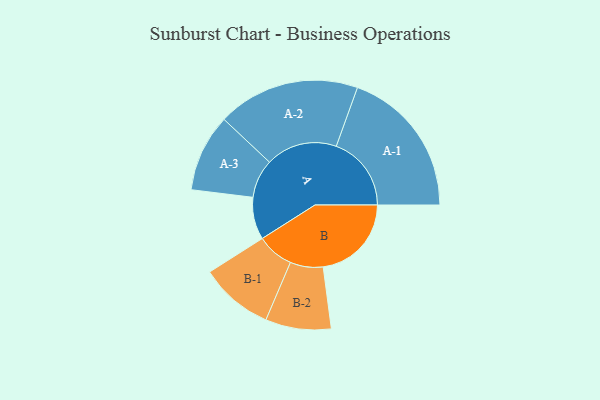
{"axis": {"x": "Segment", "y": "Value"}, "legend": ["", "A", "B"], "data": [{"x": "A", "y": 157, "type": ""}, {"x": "B", "y": 328, "type": ""}, {"x": "A-1", "y": 279, "type": "A"}, {"x": "A-2", "y": 265, "type": "A"}, {"x": "A-3", "y": 144, "type": "A"}, {"x": "B-1", "y": 137, "type": "B"}, {"x": "B-2", "y": 122, "type": "B"}]}